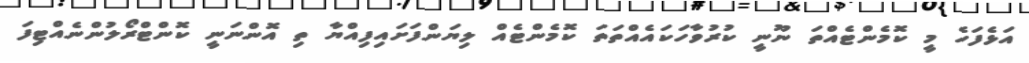
އަޅެފަހެ މީ ކޮމެންޓެއްތަ ނޫނީ ކުރުވާހަކައެއްތަތަ ކޮމެންޓެއް ލިޔަންފަށައިފިއްޔާ ތި އޮންނަނީ ކޮންޓްރޯލުންނެއްޓިފަ